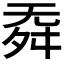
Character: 𣄳